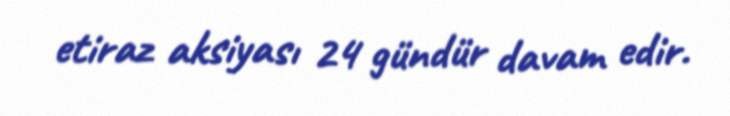
etiraz aksiyası 24 gündür davam edir.